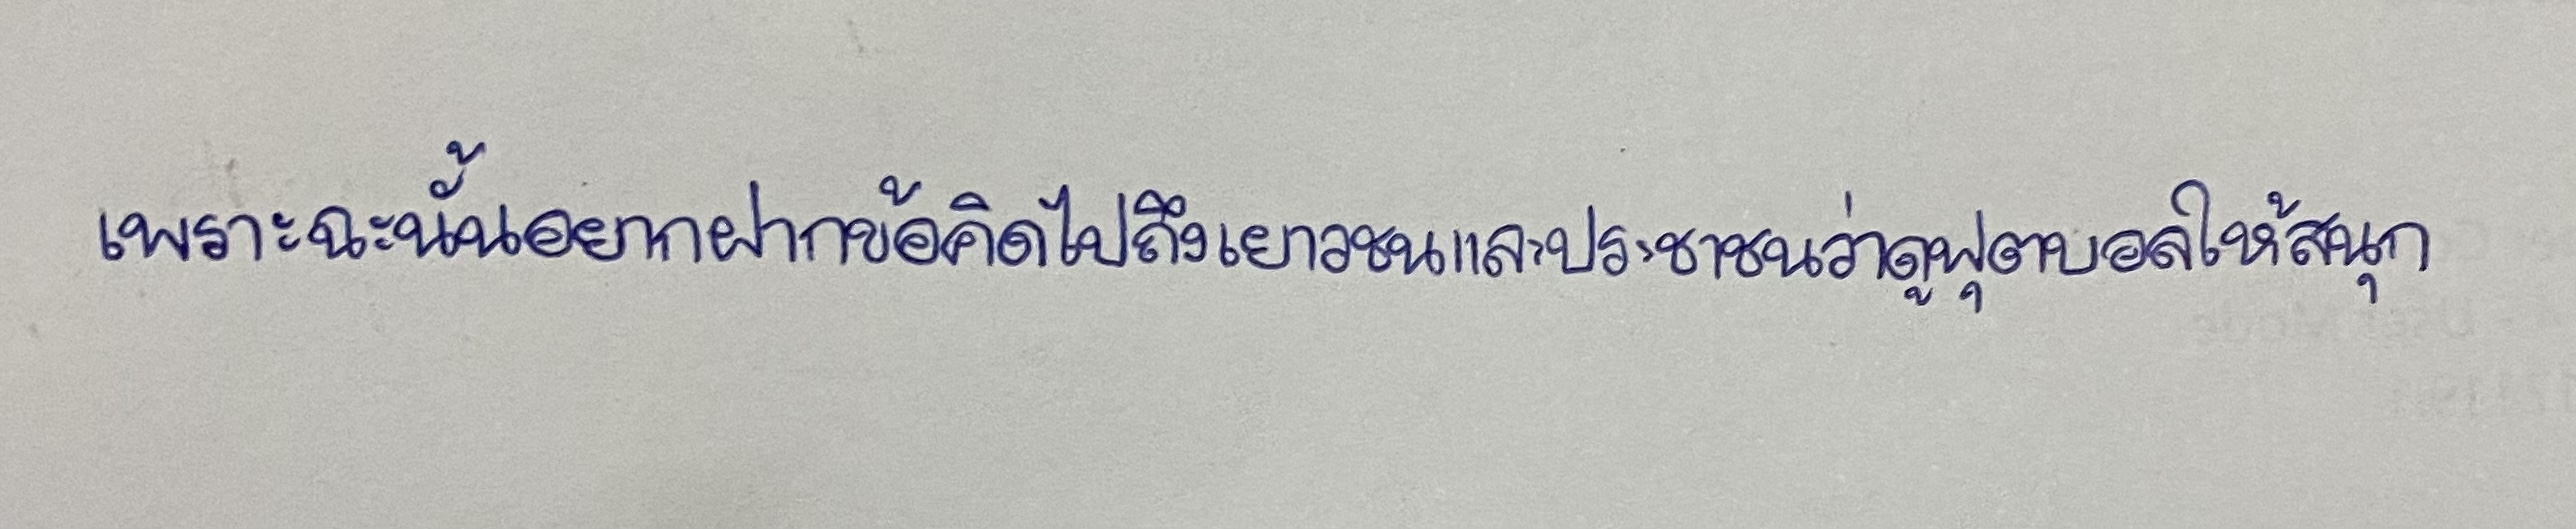
เพราะฉะนั้นอยากฝากข้อคิดไปถึงเยาวชนและประชาชนว่าดูฟุตบอลให้สนุก